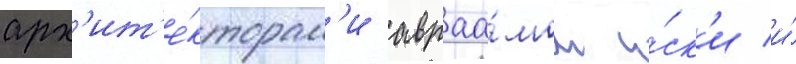
арх'ит'е́кторам'и авраа́мом и́ск'и и́